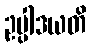
ဥပ္ပါဒယတိ